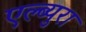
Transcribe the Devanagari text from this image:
एल्ब्युरा